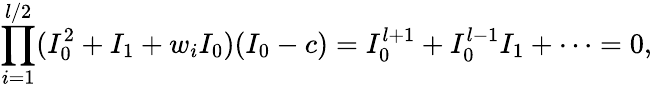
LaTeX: \prod_{i=1}^{l/2}(I_{0}^{2}+I_{1}+w_{i}I_{0})(I_{0}-c)=I_{0}^{l+1}+I_{0}^{l-1}I_{1}+\cdots=0,